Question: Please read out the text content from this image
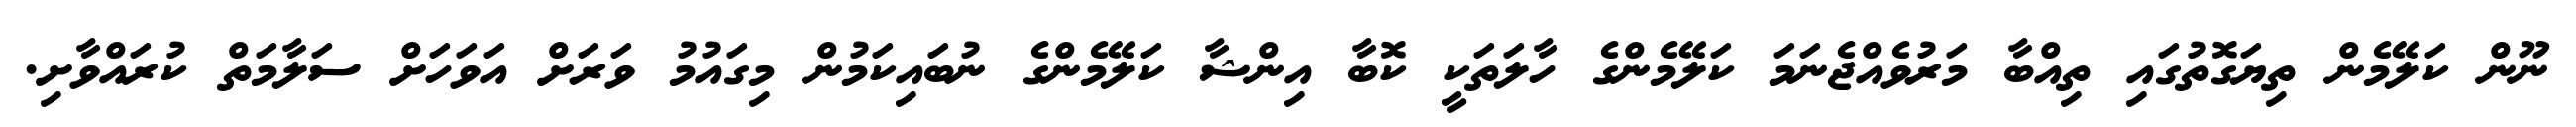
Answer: ނޫން ކަލޭމެން ތިޔަގޮތުގައި ތިއްބާ މަރުވެއްޖެނަމަ ކަލޭމެންގެ ހާލަތަކީ ކޮބާ އިންޝާ ކަލޭމެންގެ ނުބައިކަމުން މިގައުމު ވަރަށް އަވަހަށް ސަލާމަތް ކުރައްވާށި.